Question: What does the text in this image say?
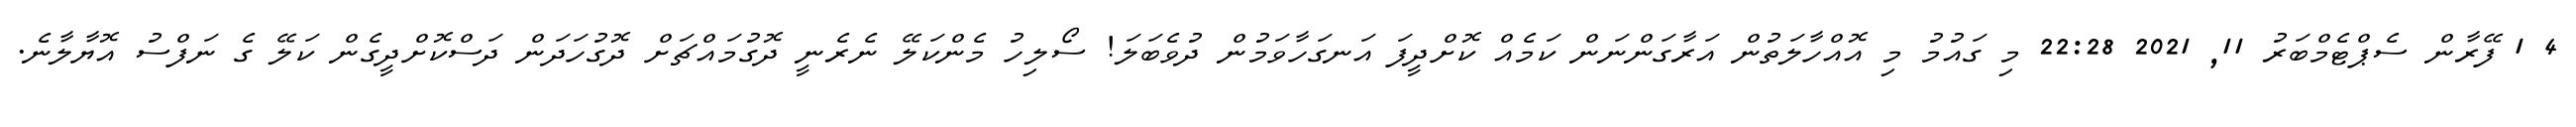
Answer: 4 1 ފޭރާން ސެޕްޓެމްބަރު 11, 2021 22:28 މި ގައުމު މި އޮއްހާލަތުން އަރާގަންނަން ކަމެއް ކޮށްދީފަ އަނގަހާވަމުން ދުވެބަލަ! ސޯލިހު މެންކަލޭ ނެރެނީ ދޮގުމައްޗަށް ދޮގުހަދަން ދަސްކޮށްދީގެން ކަލޭ ގެ ނަފްސު އޮޔާލާނެ.